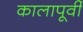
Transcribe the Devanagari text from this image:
कालापूर्वी